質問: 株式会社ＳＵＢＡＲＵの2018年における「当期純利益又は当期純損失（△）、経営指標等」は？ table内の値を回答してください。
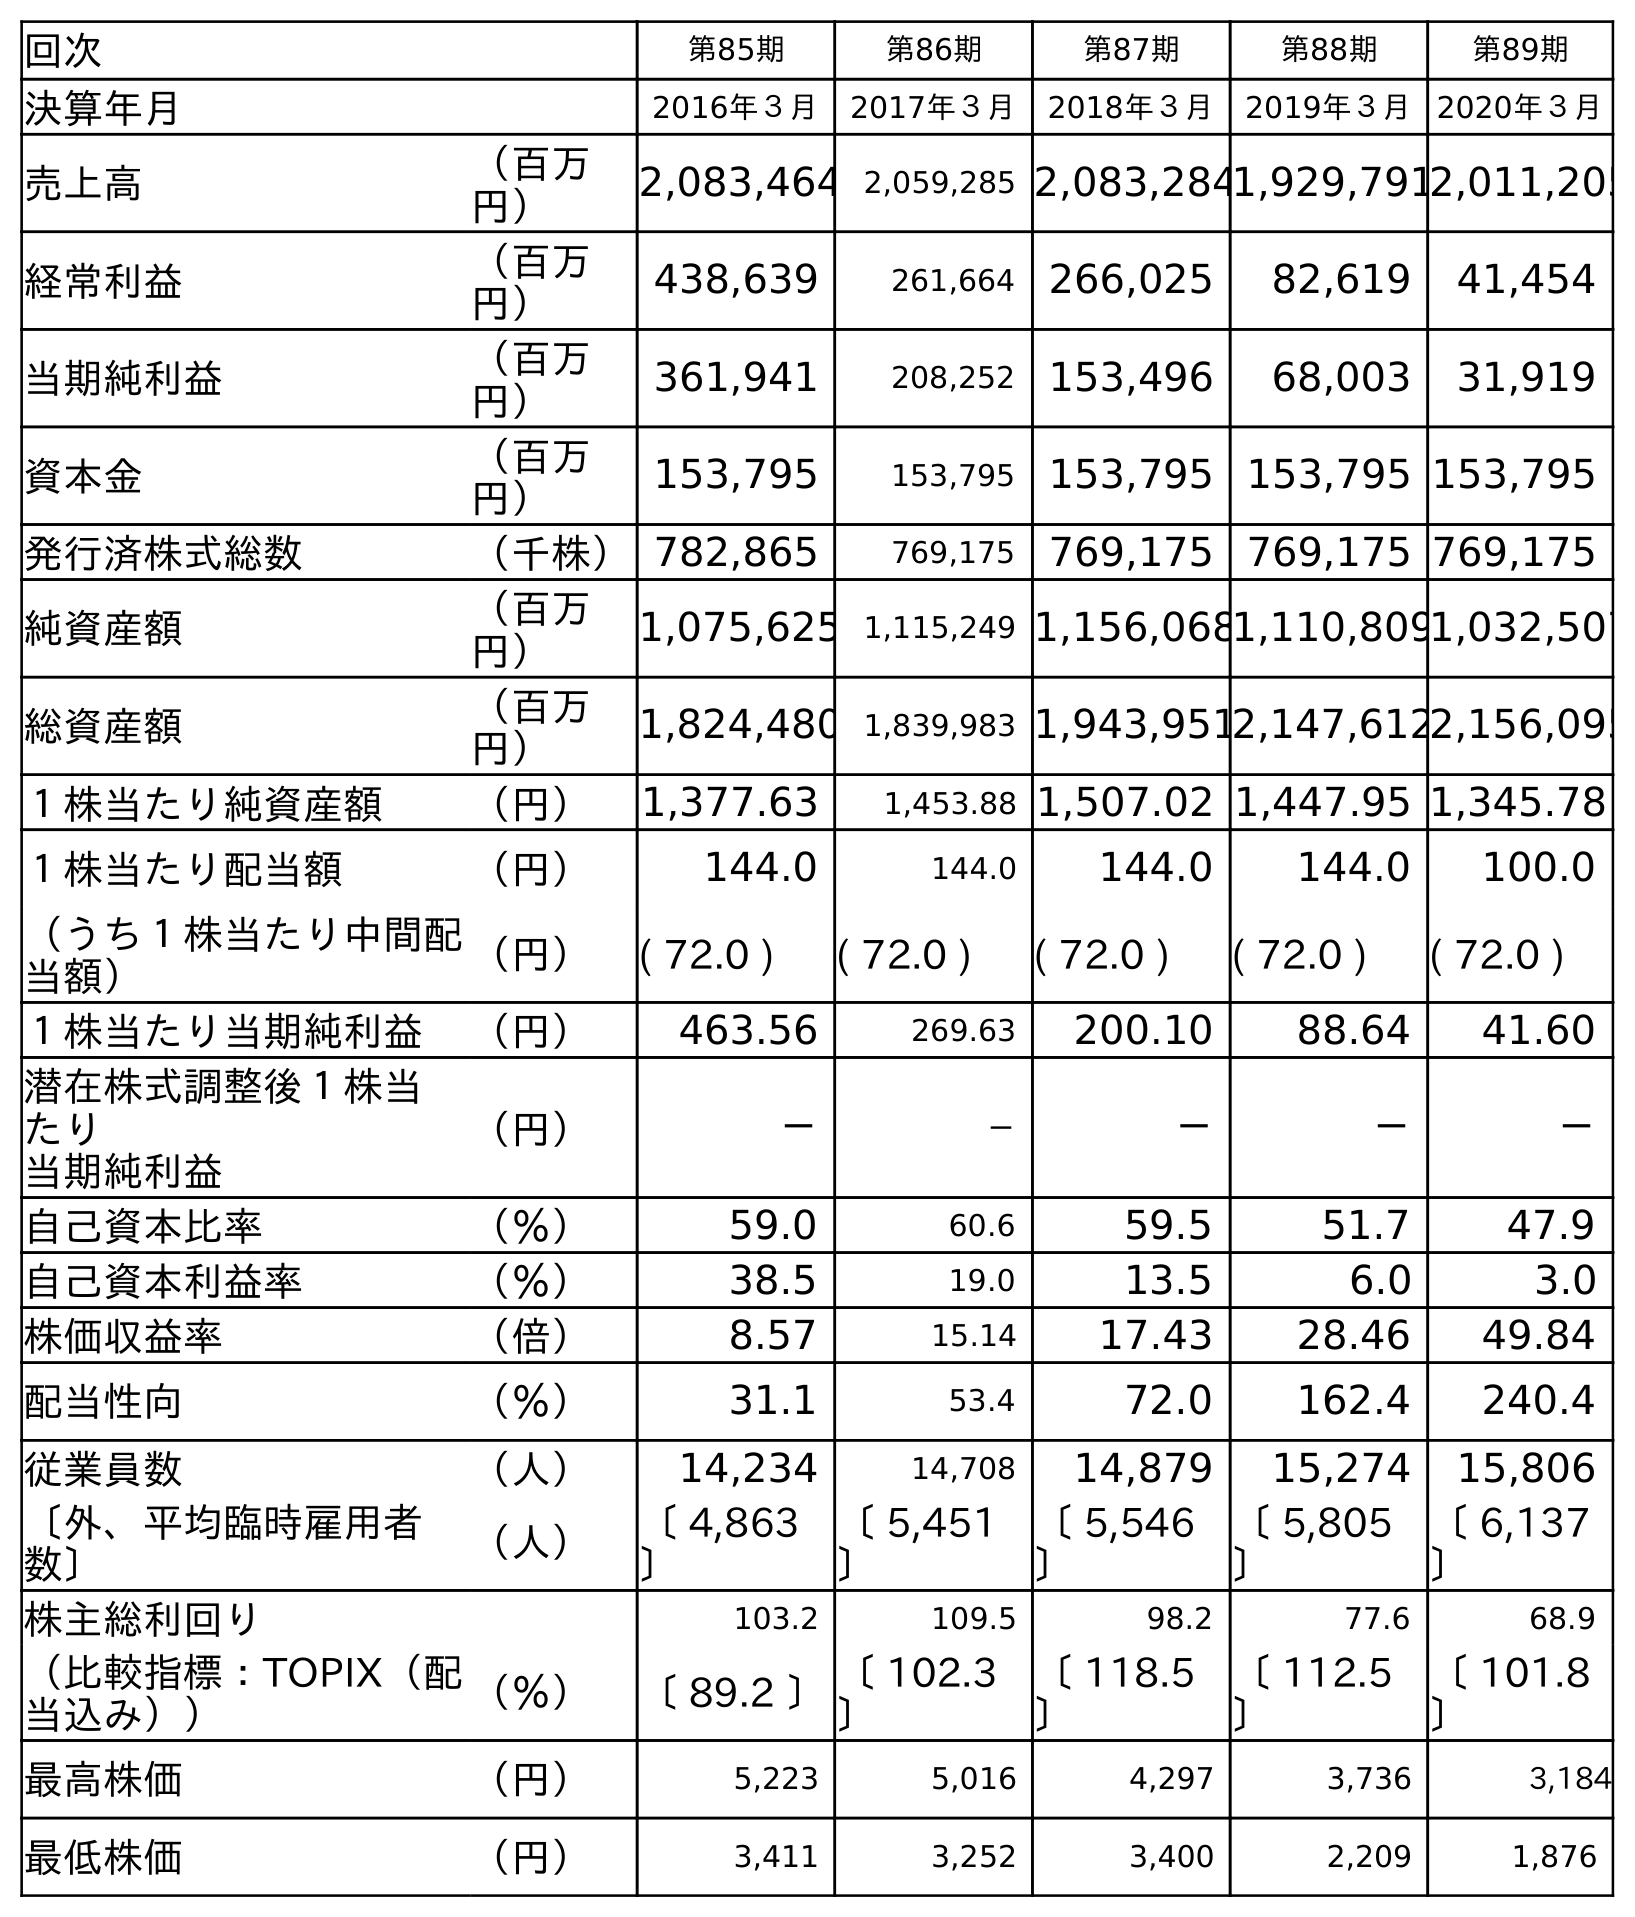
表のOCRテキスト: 回次 第85期 第86期 第87期 第88期 第89期 決算年月 2016年３月 2017年３月 2018年３月 2019年３月 2020年３月 売上高 （百万 円） 2,083,464 2,059,285 2,083,2841,929,7912,011,205 経常利益 （百万 円） 438,639 261,664 266,025 82,619 41,454 当期純利益 （百万 円） 361,941 208,252 153,496 68,003 31,919 資本金 （百万 円） 153,795 153,795 153,795 153,795 153,795 発行済株式総数 （千株）782,865 769,175 769,175 769,175 769,175 純資産額 （百万 円） 1,075,625 1,115,249 1,156,0681,110,8091,032,507 総資産額 （百万 円） 1,824,480 1,839,983 1,943,9512,147,6122,156,095 １株当たり純資産額 （円） 1,377.63 1,453.88 1,507.02 1,447.95 1,345.78 １株当たり配当額 （円） 144.0 144.0 144.0 144.0 100.0 （うち１株当たり中間配 当額） （円） ( 72.0 ) ( 72.0 ) ( 72.0 ) ( 72.0 ) ( 72.0 ) １株当たり当期純利益 （円） 463.56 269.63 200.10 88.64 41.60 潜在株式調整後１株当 たり 当期純利益 （円） － － － － － 自己資本比率 （％） 59.0 60.6 59.5 51.7 47.9 自己資本利益率 （％） 38.5 19.0 13.5 6.0 3.0 株価収益率 （倍） 8.57 15.14 17.43 28.46 49.84 配当性向 （％） 31.1 53.4 72.0 162.4 240.4 従業員数 （人） 14,234 14,708 14,879 15,274 15,806 〔外、平均臨時雇用者 数〕 （人） 〔 4,863 〕 〔 5,451 〕 〔 5,546 〕 〔 5,805 〕 〔 6,137 〕 株主総利回り 103.2 109.5 98.2 77.6 68.9 （比較指標：TOPIX（配 当込み）） （％） 〔 89.2 〕〔 102.3 〕 〔 118.5 〕 〔 112.5 〕 〔 101.8 〕 最高株価 （円） 5,223 5,016 4,297 3,736 3,184 最低株価 （円） 3,411 3,252 3,400 2,209 1,876
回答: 153,496